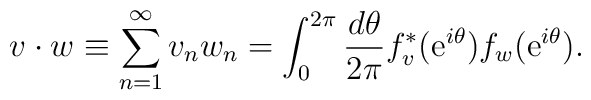
v\cdot w \equiv\sum_{n=1}^{\infty} v_n w_n= \int_0^{2\pi} {d \theta \over2\pi} f_v^*({\rm e}^{i \theta}) f_w ({\rm e}^{i \theta}).